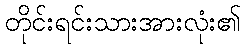
တိုင်းရင်းသားအားလုံး၏